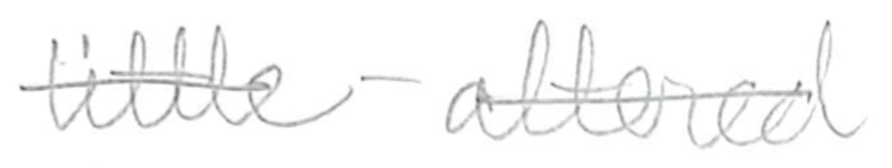
Text: little-altered
Cross-out: single-line
Writing tool: pencil